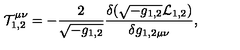
{ \cal T } _ { 1 , 2 } ^ { \mu \nu } = - { \frac { 2 } { \sqrt { - g _ { 1 , 2 } } } } { \frac { \delta ( \sqrt { - g _ { 1 , 2 } } { \cal L } _ { 1 , 2 } ) } { \delta g _ { 1 , 2 \mu \nu } } } ,